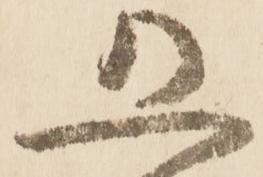
恐